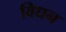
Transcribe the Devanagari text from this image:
विधन